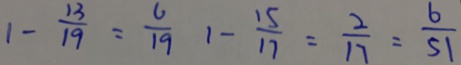
1 - \frac { 1 3 } { 1 9 } = \frac { 6 } { 1 9 } 1 - \frac { 1 5 } { 1 7 } = \frac { 2 } { 1 7 } = \frac { 6 } { 5 1 }